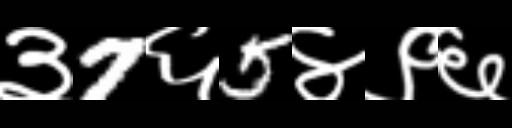
Text: ३7६5४९६